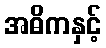
အဓိကနှင့်